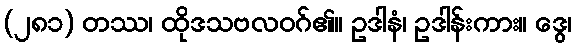
(၂၈၁) တဿ၊ ထိုဒသဗလဝဂ်၏။ ဥဒါနံ၊ ဥဒါန်းကား။ ဒွေ၊